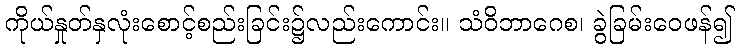
ကိုယ်နှုတ်နှလုံးစောင့်စည်းခြင်း၌လည်းကောင်း။ သံဝိဘာဂေစ၊ ခွဲခြမ်းဝေဖန်၍